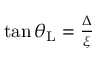
\begin{array} { r } { \tan \theta _ { \mathrm { L } } = \frac { \Delta } { \xi } } \end{array}